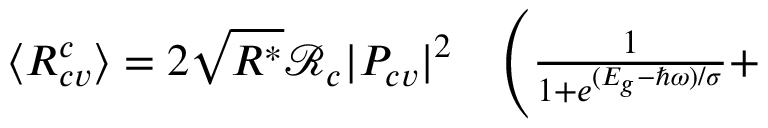
\begin{array} { r l } { \langle R _ { c v } ^ { c } \rangle = 2 \sqrt { R ^ { * } } \mathcal { R } _ { c } | P _ { c v } | ^ { 2 } } & { { } \Bigg ( \frac { 1 } { 1 + e ^ { ( E _ { g } - \hbar \omega ) / \sigma } } + } \end{array}